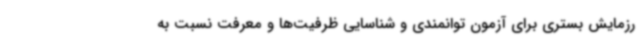
رزمایش بستری برای آزمون توانمندی و شناسایی ظرفیت‌ها و معرفت نسبت به